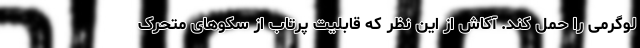
لوگرمی را حمل کند. آکاش از این نظر که قابلیت پرتاب از سکوهای متحرک